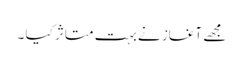
مجھے آغاز نے بہت متاثر کیا ۔